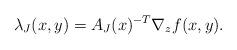
LaTeX: \begin{align*}\lambda_J(x,y) = A_J(x)^{-T}\nabla_z f(x,y).\end{align*}